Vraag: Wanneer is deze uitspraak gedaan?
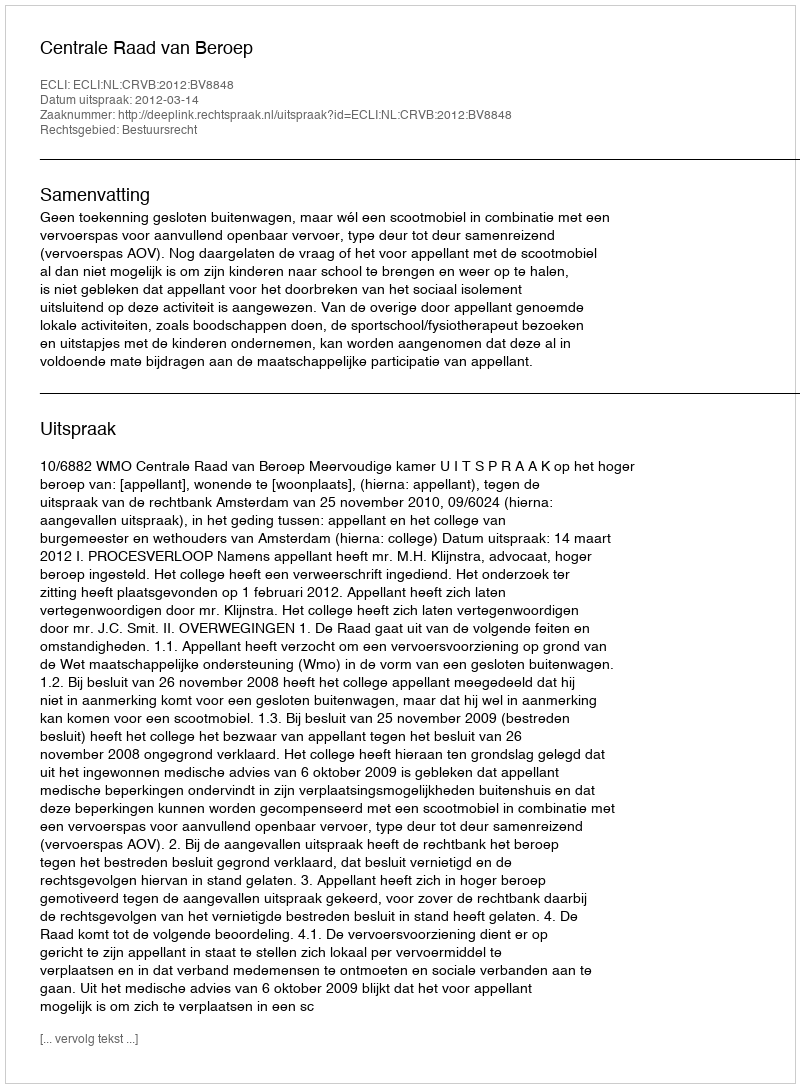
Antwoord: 2012-03-14